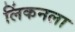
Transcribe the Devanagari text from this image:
लिंकनला